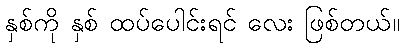
နှစ်ကို နှစ် ထပ်ပေါင်းရင် လေး ဖြစ်တယ်။